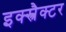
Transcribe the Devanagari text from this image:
इक्स्त्रैक्टर